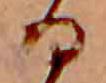
る